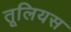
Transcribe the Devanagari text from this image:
तूलियस